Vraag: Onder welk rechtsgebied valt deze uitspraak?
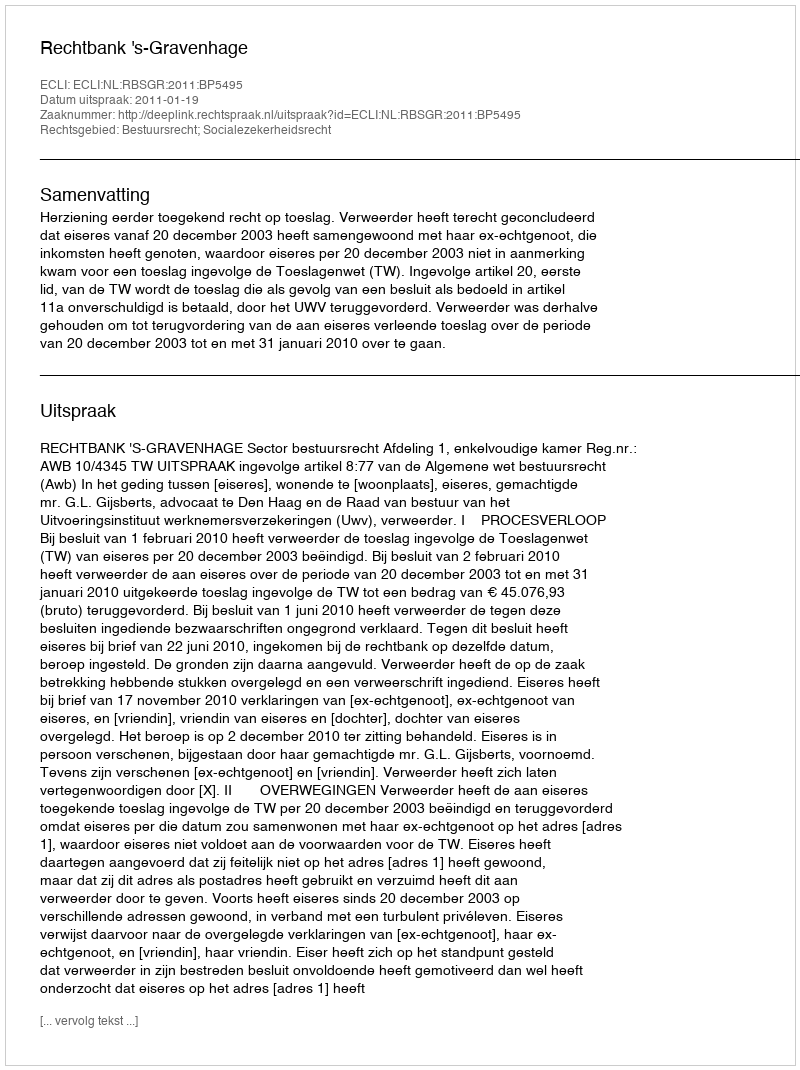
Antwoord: Bestuursrecht; Socialezekerheidsrecht